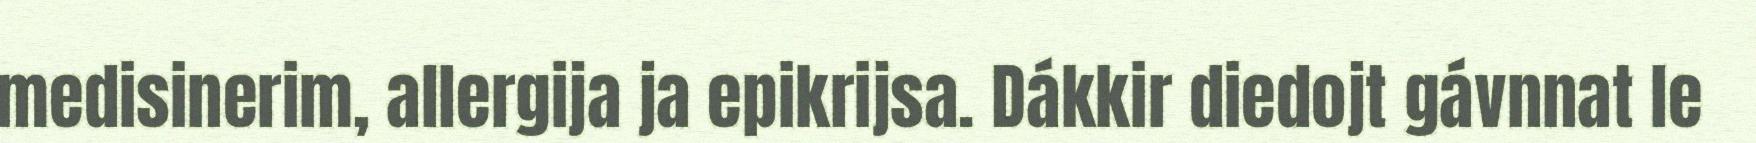
medisinerim, allergija ja epikrijsa. Dákkir diedojt gávnnat le